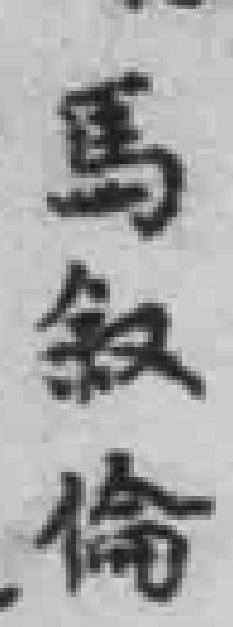
馬叙倫